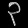
Digit: ၃